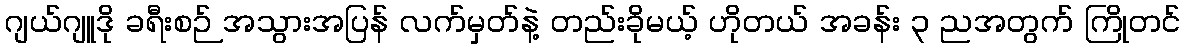
ဂျယ်ဂျူဒို ခရီးစဉ် အသွားအပြန် လက်မှတ်နဲ့ တည်းခိုမယ့် ဟိုတယ် အခန်း ၃ ညအတွက် ကြိုတင်